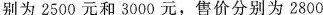
别为2500元和3000元，售价分别为2800